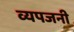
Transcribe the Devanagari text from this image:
व्यपजनी